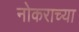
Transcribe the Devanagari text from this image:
नोकराच्या